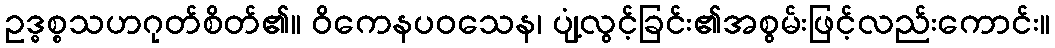
ဥဒ္ဓစ္စသဟဂုတ်စိတ်၏။ ဝိကေနပဝသေန၊ ပျံ့လွင့်ခြင်း၏အစွမ်းဖြင့်လည်းကောင်း။